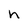
Character: h